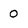
Character: 0